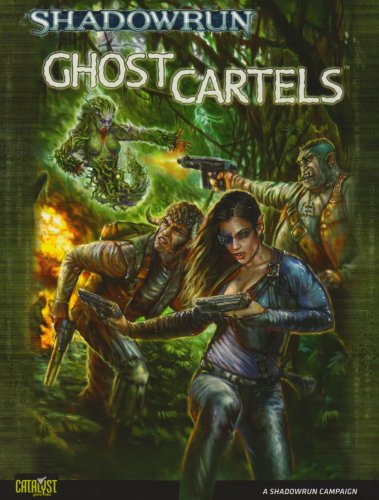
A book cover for Shadowrun Ghost Cartels (Shadowrun (Catalyst)); Science Fiction & Fantasy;